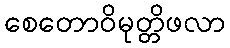
စေတောဝိမုတ္တိဖလာ